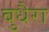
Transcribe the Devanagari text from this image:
बुधैरा